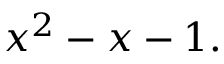
x ^ { 2 } - x - 1 .